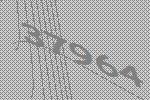
37964